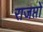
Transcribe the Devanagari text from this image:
राजप्तों